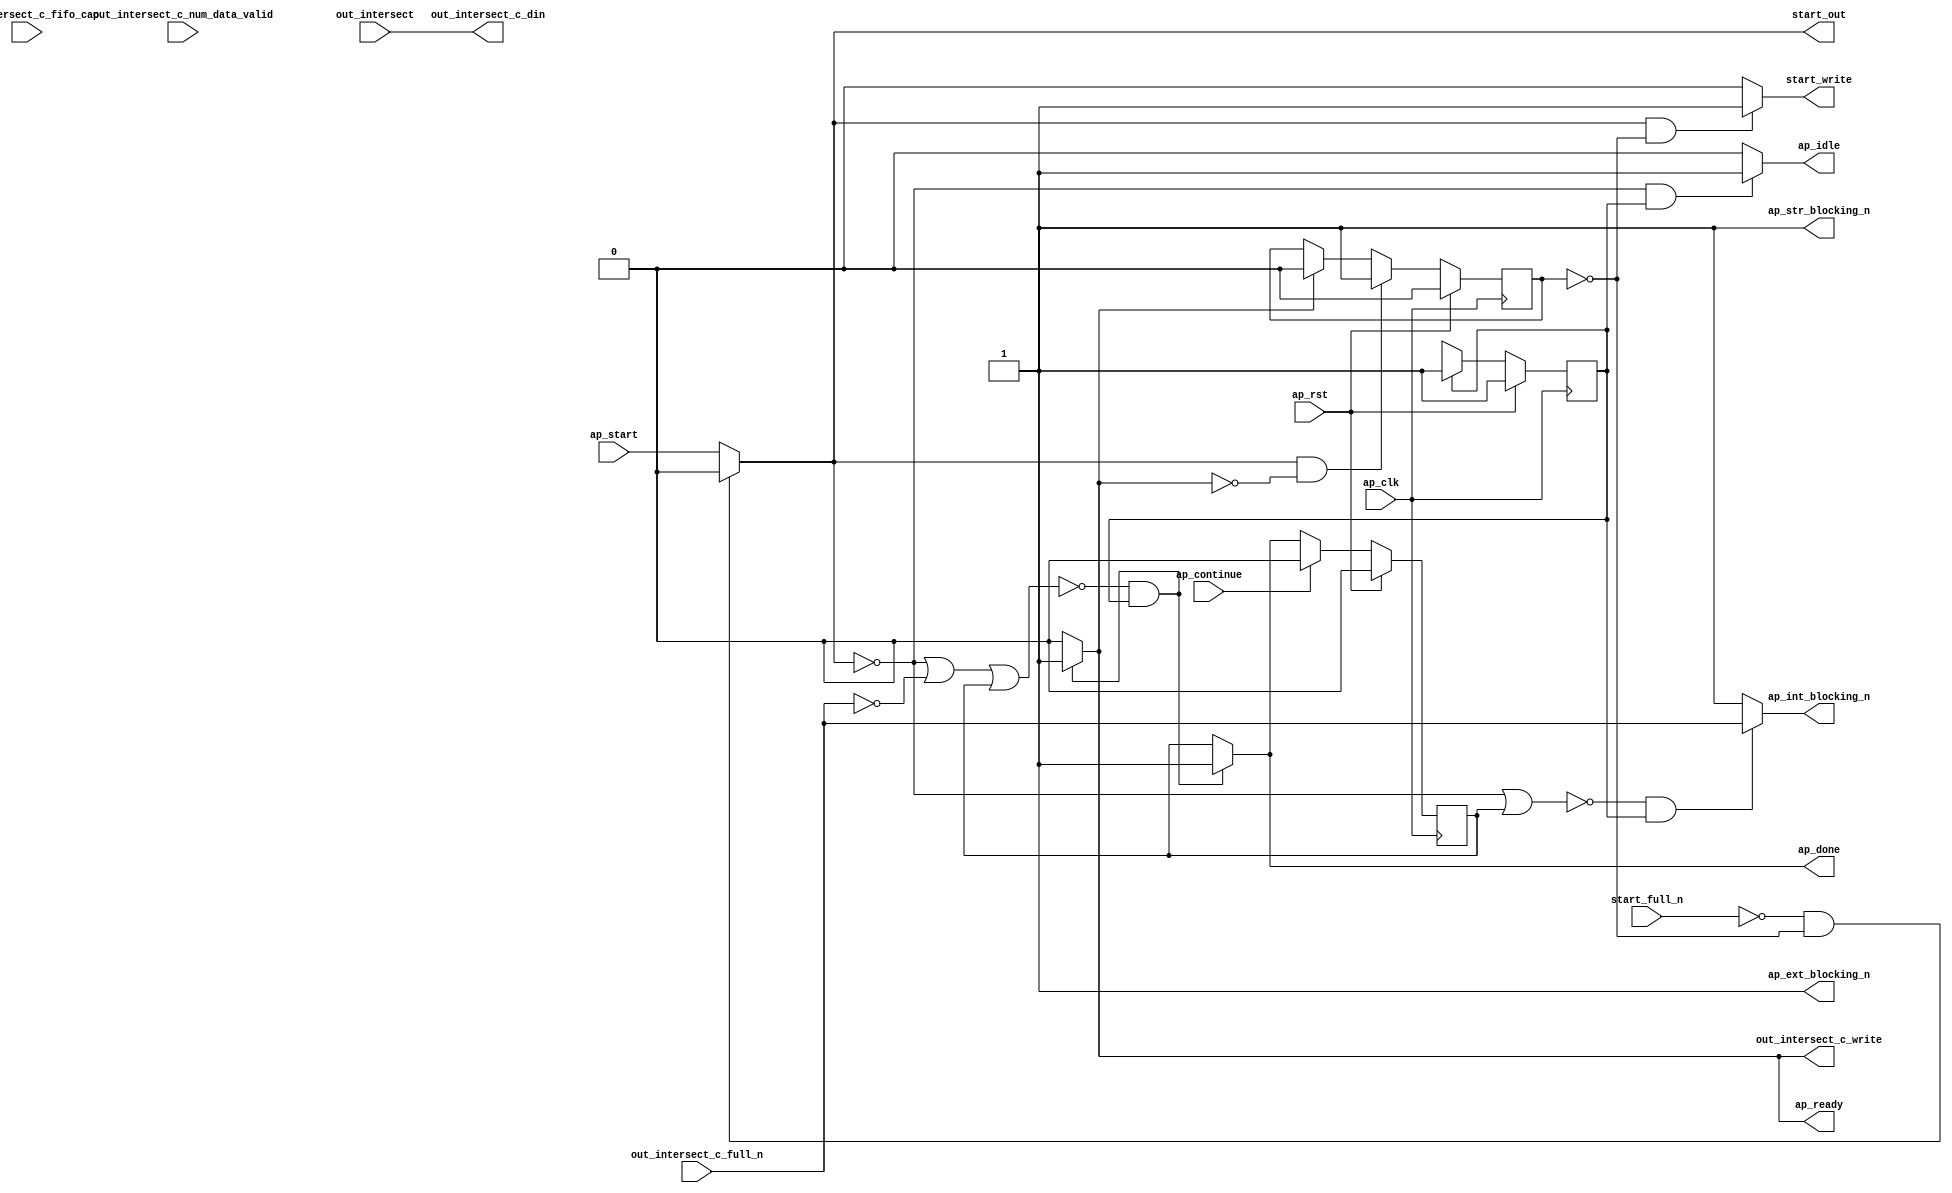
// ==============================================================
// RTL generated by Vitis HLS - High-Level Synthesis from C, C++ and OpenCL v2022.1 (64-bit)
// Version: 2022.1
// Copyright (C) Copyright 1986-2022 Xilinx, Inc. All Rights Reserved.
// 
// ===========================================================

`timescale 1 ns / 1 ps 

module vadd_entry_proc (
        ap_clk,
        ap_rst,
        ap_start,
        start_full_n,
        ap_done,
        ap_continue,
        ap_idle,
        ap_ready,
        start_out,
        start_write,
        out_intersect,
        out_intersect_c_din,
        out_intersect_c_num_data_valid,
        out_intersect_c_fifo_cap,
        out_intersect_c_full_n,
        out_intersect_c_write,
        ap_ext_blocking_n,
        ap_str_blocking_n,
        ap_int_blocking_n
);

parameter    ap_ST_fsm_state1 = 1'd1;

input   ap_clk;
input   ap_rst;
input   ap_start;
input   start_full_n;
output   ap_done;
input   ap_continue;
output   ap_idle;
output   ap_ready;
output   start_out;
output   start_write;
input  [63:0] out_intersect;
output  [63:0] out_intersect_c_din;
input  [2:0] out_intersect_c_num_data_valid;
input  [2:0] out_intersect_c_fifo_cap;
input   out_intersect_c_full_n;
output   out_intersect_c_write;
output   ap_ext_blocking_n;
output   ap_str_blocking_n;
output   ap_int_blocking_n;

reg ap_done;
reg ap_idle;
reg start_write;
reg out_intersect_c_write;

reg    real_start;
reg    start_once_reg;
reg    ap_done_reg;
(* fsm_encoding = "none" *) reg   [0:0] ap_CS_fsm;
wire    ap_CS_fsm_state1;
reg    internal_ap_ready;
reg    out_intersect_c_blk_n;
reg    ap_block_state1;
reg   [0:0] ap_NS_fsm;
reg    ap_ST_fsm_state1_blk;
wire    ap_int_blocking_cur_n;
wire    ap_ce_reg;

// power-on initialization
initial begin
#0 start_once_reg = 1'b0;
#0 ap_done_reg = 1'b0;
#0 ap_CS_fsm = 1'd1;
end

always @ (posedge ap_clk) begin
    if (ap_rst == 1'b1) begin
        ap_CS_fsm <= ap_ST_fsm_state1;
    end else begin
        ap_CS_fsm <= ap_NS_fsm;
    end
end

always @ (posedge ap_clk) begin
    if (ap_rst == 1'b1) begin
        ap_done_reg <= 1'b0;
    end else begin
        if ((ap_continue == 1'b1)) begin
            ap_done_reg <= 1'b0;
        end else if ((~((real_start == 1'b0) | (out_intersect_c_full_n == 1'b0) | (ap_done_reg == 1'b1)) & (1'b1 == ap_CS_fsm_state1))) begin
            ap_done_reg <= 1'b1;
        end
    end
end

always @ (posedge ap_clk) begin
    if (ap_rst == 1'b1) begin
        start_once_reg <= 1'b0;
    end else begin
        if (((real_start == 1'b1) & (internal_ap_ready == 1'b0))) begin
            start_once_reg <= 1'b1;
        end else if ((internal_ap_ready == 1'b1)) begin
            start_once_reg <= 1'b0;
        end
    end
end

always @ (*) begin
    if (((real_start == 1'b0) | (out_intersect_c_full_n == 1'b0) | (ap_done_reg == 1'b1))) begin
        ap_ST_fsm_state1_blk = 1'b1;
    end else begin
        ap_ST_fsm_state1_blk = 1'b0;
    end
end

always @ (*) begin
    if ((~((real_start == 1'b0) | (out_intersect_c_full_n == 1'b0) | (ap_done_reg == 1'b1)) & (1'b1 == ap_CS_fsm_state1))) begin
        ap_done = 1'b1;
    end else begin
        ap_done = ap_done_reg;
    end
end

always @ (*) begin
    if (((real_start == 1'b0) & (1'b1 == ap_CS_fsm_state1))) begin
        ap_idle = 1'b1;
    end else begin
        ap_idle = 1'b0;
    end
end

always @ (*) begin
    if ((~((real_start == 1'b0) | (out_intersect_c_full_n == 1'b0) | (ap_done_reg == 1'b1)) & (1'b1 == ap_CS_fsm_state1))) begin
        internal_ap_ready = 1'b1;
    end else begin
        internal_ap_ready = 1'b0;
    end
end

always @ (*) begin
    if ((~((real_start == 1'b0) | (ap_done_reg == 1'b1)) & (1'b1 == ap_CS_fsm_state1))) begin
        out_intersect_c_blk_n = out_intersect_c_full_n;
    end else begin
        out_intersect_c_blk_n = 1'b1;
    end
end

always @ (*) begin
    if ((~((real_start == 1'b0) | (out_intersect_c_full_n == 1'b0) | (ap_done_reg == 1'b1)) & (1'b1 == ap_CS_fsm_state1))) begin
        out_intersect_c_write = 1'b1;
    end else begin
        out_intersect_c_write = 1'b0;
    end
end

always @ (*) begin
    if (((start_full_n == 1'b0) & (start_once_reg == 1'b0))) begin
        real_start = 1'b0;
    end else begin
        real_start = ap_start;
    end
end

always @ (*) begin
    if (((real_start == 1'b1) & (start_once_reg == 1'b0))) begin
        start_write = 1'b1;
    end else begin
        start_write = 1'b0;
    end
end

always @ (*) begin
    case (ap_CS_fsm)
        ap_ST_fsm_state1 : begin
            ap_NS_fsm = ap_ST_fsm_state1;
        end
        default : begin
            ap_NS_fsm = 'bx;
        end
    endcase
end

assign ap_CS_fsm_state1 = ap_CS_fsm[32'd0];

always @ (*) begin
    ap_block_state1 = ((real_start == 1'b0) | (out_intersect_c_full_n == 1'b0) | (ap_done_reg == 1'b1));
end

assign ap_ext_blocking_n = (1'b1 & 1'b1);

assign ap_int_blocking_cur_n = out_intersect_c_blk_n;

assign ap_int_blocking_n = (ap_int_blocking_cur_n & 1'b1);

assign ap_ready = internal_ap_ready;

assign ap_str_blocking_n = (1'b1 & 1'b1);

assign out_intersect_c_din = out_intersect;

assign start_out = real_start;

endmodule //vadd_entry_proc